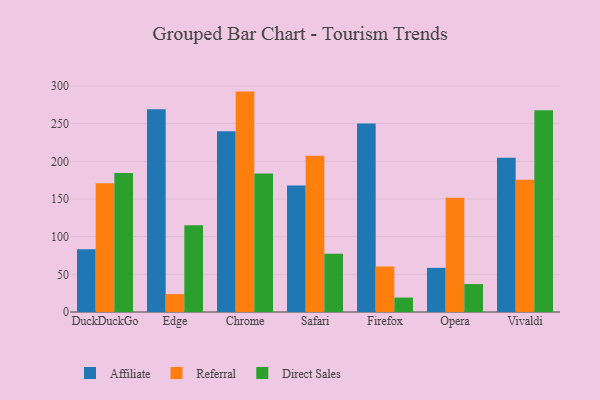
{"axis": {"x": "Browser", "y": "Tickets Resolved"}, "legend": ["Affiliate", "Direct Sales", "Referral"], "data": [{"x": "DuckDuckGo", "y": 83.4, "type": "Affiliate"}, {"x": "DuckDuckGo", "y": 171.0, "type": "Referral"}, {"x": "DuckDuckGo", "y": 184.5, "type": "Direct Sales"}, {"x": "Edge", "y": 269.2, "type": "Affiliate"}, {"x": "Edge", "y": 23.8, "type": "Referral"}, {"x": "Edge", "y": 115.1, "type": "Direct Sales"}, {"x": "Chrome", "y": 239.8, "type": "Affiliate"}, {"x": "Chrome", "y": 292.6, "type": "Referral"}, {"x": "Chrome", "y": 184.0, "type": "Direct Sales"}, {"x": "Safari", "y": 167.9, "type": "Affiliate"}, {"x": "Safari", "y": 207.4, "type": "Referral"}, {"x": "Safari", "y": 77.2, "type": "Direct Sales"}, {"x": "Firefox", "y": 250.3, "type": "Affiliate"}, {"x": "Firefox", "y": 60.4, "type": "Referral"}, {"x": "Firefox", "y": 19.2, "type": "Direct Sales"}, {"x": "Opera", "y": 58.6, "type": "Affiliate"}, {"x": "Opera", "y": 151.8, "type": "Referral"}, {"x": "Opera", "y": 37.1, "type": "Direct Sales"}, {"x": "Vivaldi", "y": 204.8, "type": "Affiliate"}, {"x": "Vivaldi", "y": 175.6, "type": "Referral"}, {"x": "Vivaldi", "y": 268.0, "type": "Direct Sales"}]}